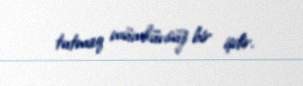
tutmaq mümkünsüz bir işdir.